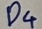
Text: D4